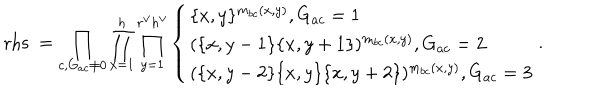
\mathrm { r h s \ } = \prod _ { c , G _ { a c } \neq 0 } \prod _ { x = 1 } ^ { h } \prod _ { y = 1 } ^ { r ^ { \vee } h ^ { \vee } } \left\{ \begin{array} { l } { { \{ x , y \} ^ { m _ { b c } ( x , y ) } , G _ { a c } = 1 } } \\ { { ( \{ x , y - 1 \} \{ x , y + 1 \} ) ^ { m _ { b c } ( x , y ) } , G _ { a c } = 2 } } \\ { { ( \{ x , y - 2 \} \{ x , y \} \{ x , y + 2 \} ) ^ { m _ { b c } ( x , y ) } , G _ { a c } = 3 } } \\ \end{array} \right. .